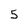
Character: 5